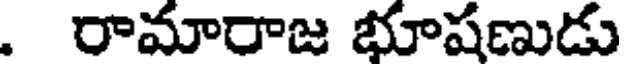
. రామారాజ భూషణుడు